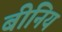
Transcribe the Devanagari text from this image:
बीनिय